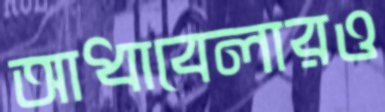
আধাবেলারও